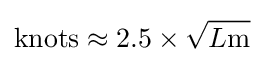
{\mbox{knots}}\approx 2.5\times {\sqrt {L{\mbox{m}}}}